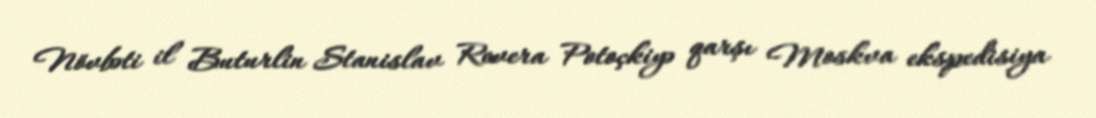
Növbəti il Buturlin Stanislav Revera Potoçkiyə qarşı Moskva ekspedisiya